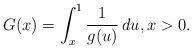
LaTeX: \begin{align*} G(x)=\int_x^1 \frac{1}{g(u)}\,du, x>0.\end{align*}